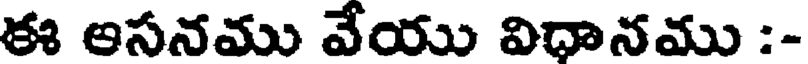
ఈ ఆసనము వేయు విధానము :-